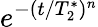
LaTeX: e^{-(t/T_{2}^{*})^{n}}